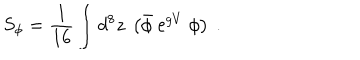
LaTeX: S _ { \phi } = \frac { 1 } { 1 6 } \int d ^ { 8 } z \ \left( { \bar { \phi } } \ { \mathrm e } ^ { g V } \ \phi \right) \ .